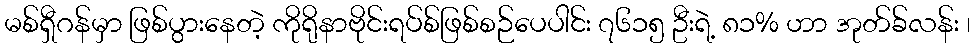
မစ်ရှီဂန်မှာ ဖြစ်ပွားနေတဲ့ ကိုရိုနာဗိုင်းရပ်စ်ဖြစ်စဉ်ပေပါင်း ၇၆၁၅ ဦးရဲ့ ၈၁% ဟာ အုတ်ခ်လန်း ၊